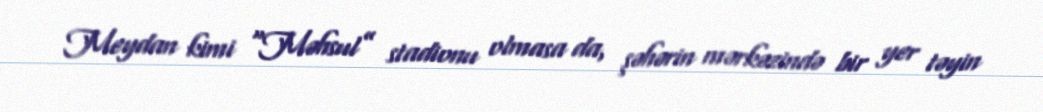
Meydan kimi “Məhsul” stadionu olmasa da, şəhərin mərkəzində bir yer təyin